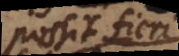
possit fieri